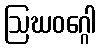
ဩဃဝဂ္ဂေါ